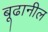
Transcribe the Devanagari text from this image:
बूढानील